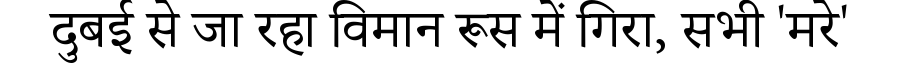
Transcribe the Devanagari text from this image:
दुबई से जा रहा विमान रूस में गिरा, सभी 'मरे'